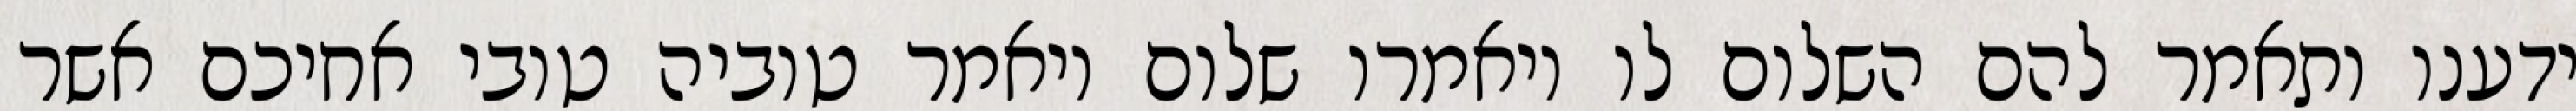
ידענו ותאמר להם השלום לו ויאמרו שלום ויאמר טוביה טובי אחיכם אשר